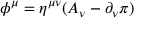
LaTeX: \phi ^ { \mu } = \eta ^ { \mu \nu } ( A _ { \nu } - \partial _ { \nu } \pi )